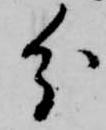
分